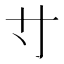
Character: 𡬝